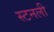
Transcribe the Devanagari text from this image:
स्टनली